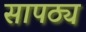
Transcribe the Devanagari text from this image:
सापठ्य